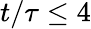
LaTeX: t/\tau\le 4